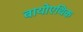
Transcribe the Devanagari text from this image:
बायोएथिक